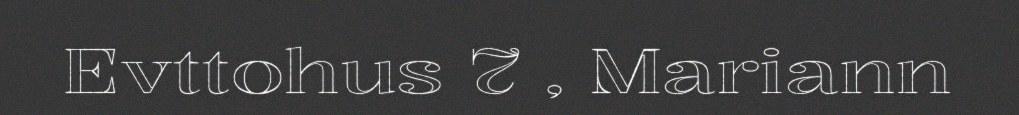
Evttohus 7 , Mariann